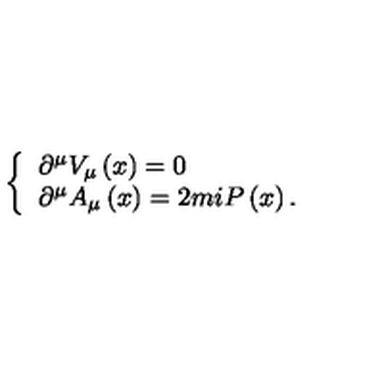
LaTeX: \left\{ \begin{array} { l } { \partial ^ { \mu } V _ { \mu } \left( x \right) = 0 } \\ { \partial ^ { \mu } A _ { \mu } \left( x \right) = 2 m i P \left( x \right) . } \\ \end{array} \right.